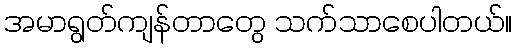
အမာရွတ်ကျန်တာတွေ သက်သာစေပါတယ်။